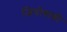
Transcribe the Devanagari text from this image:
जियोवान्नी